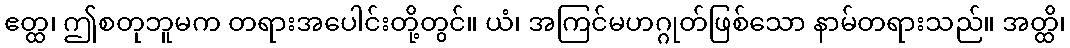
ဧတ္ထ၊ ဤစတုဘူမက တရားအပေါင်းတို့တွင်။ ယံ၊ အကြင်မဟဂ္ဂုတ်ဖြစ်သော နာမ်တရားသည်။ အတ္ထိ၊